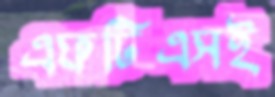
এফটিএসই